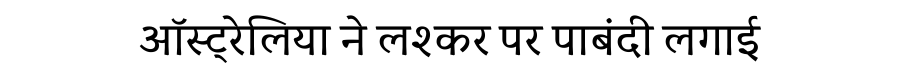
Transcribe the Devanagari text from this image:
ऑस्ट्रेलिया ने लश्कर पर पाबंदी लगाई